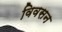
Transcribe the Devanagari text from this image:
विवसन